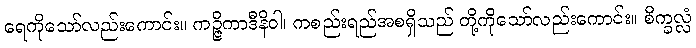
ရေကိုသော်လည်းကောင်း။ ကဉ္ဇိကာဒီနိဝါ၊ ကစည်းရည်အစရှိသည် တို့ကိုသော်လည်းကောင်း။ စိက္ခလ္လံ